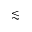
\lesssim